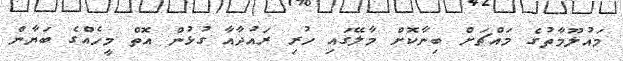
މައުލޫމާތުގެ މައްޗަށް ބިނާކޮށް މާލޭގައި ހުރި ރައުދާއާ ގުޅުން އޮތް މީހެއްގެ ބަޔާން